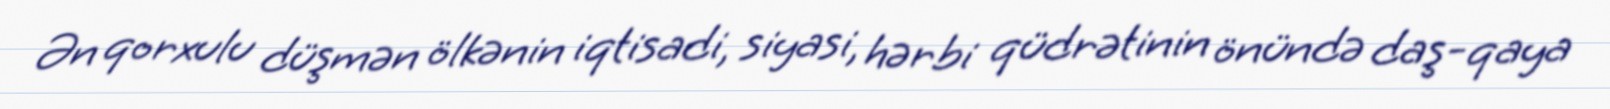
Ən qorxulu düşmən ölkənin iqtisadi, siyasi, hərbi qüdrətinin önündə daş-qaya